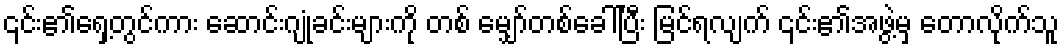
၎င်း၏ရှေ့တွင်ကား ဆောင်းဂျုံခင်းများကို တစ် မျှော်တစ်ခေါ်ပြီး မြင်ရလျက် ၎င်း၏အဖွဲ့မှ တောလိုက်သူ